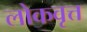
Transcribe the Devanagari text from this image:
लोकवृत्त